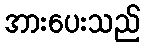
အားပေးသည်